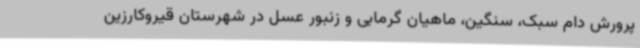
پرورش دام سبک، سنگین، ماهیان گرمابی و زنبور عسل در شهرستان قیروکارزین